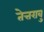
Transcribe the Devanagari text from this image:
तेत्तरावु